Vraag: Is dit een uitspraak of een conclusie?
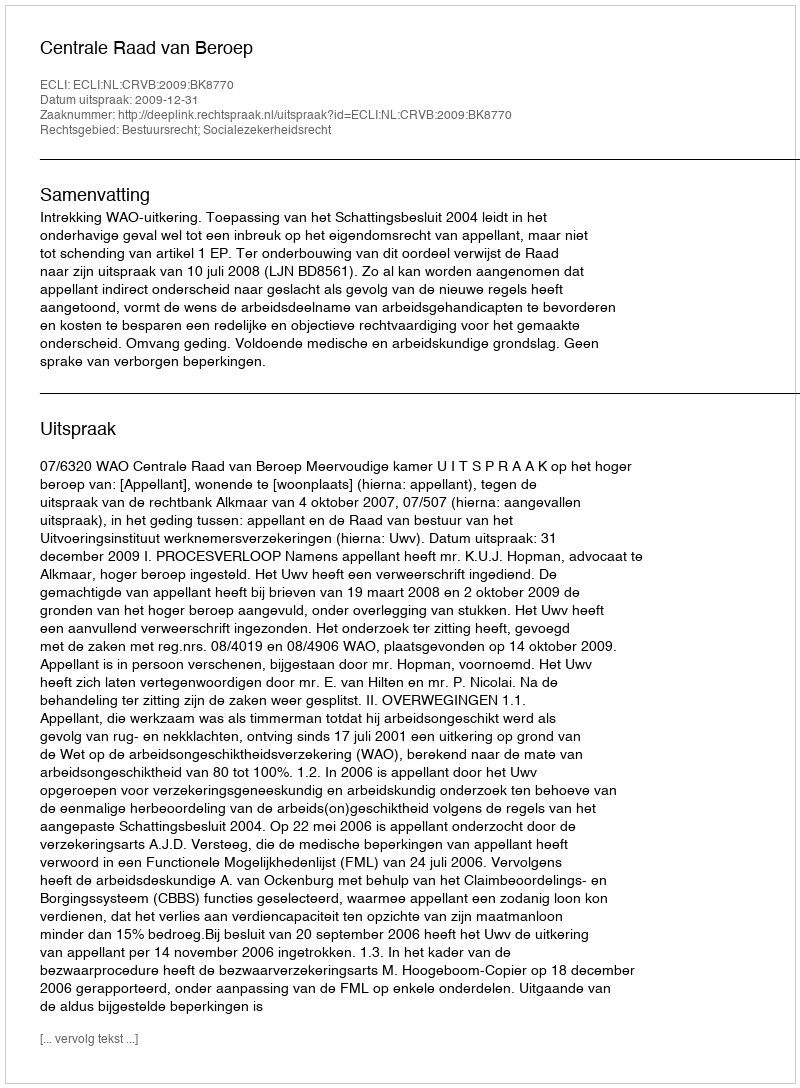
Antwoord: Uitspraak